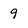
Character: 9